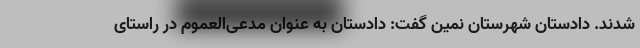
شدند. دادستان شهرستان نمین گفت: دادستان به عنوان مدعی‌العموم در راستای